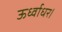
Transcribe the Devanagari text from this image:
ऊर्ध्वाधर।